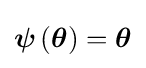
{\boldsymbol {\psi }}\left({\boldsymbol {\theta }}\right)={\boldsymbol {\theta }}